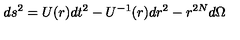
d s ^ { 2 } = U ( r ) d t ^ { 2 } - U ^ { - 1 } ( r ) d r ^ { 2 } - r ^ { 2 N } d \Omega